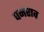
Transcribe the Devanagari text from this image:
घनराव